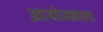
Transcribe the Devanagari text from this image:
आयोजनाला